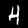
Label: 4